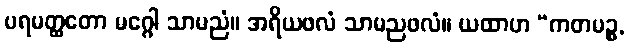
ပရမတ္ထတော မဂ္ဂေါ သာမညံ။ အရိယဖလံ သာမညဖလံ။ ယထာဟ “ကတမဉ္စ,